system: You are a helpful assistant.
user:
Analyze the provided spectrum to determine if it is a **White Dwarf (WD)**.

A White Dwarf spectrum is defined by its **extreme purity** (due to gravitational settling) and/or **extreme pressure broadening** (due to high surface gravity). You must check for one of the following mutually exclusive signatures:

- **Key Visual Indicators (Check for ONE of these types):**

    - **1. DA-Type Signature (Most Common):**
        - **(Primary Feature):** Extreme pressure broadening (Stark broadening) of the **Hydrogen (H) Balmer lines**.
        - **(Key Lines):** $H\beta$ (approx. $4861$ Å) and $H\gamma$ (approx. $4340$ Å). $H\alpha$ (approx. $6563$ Å) will also be present if the wavelength range covers it.
        - **(Line Profile):** This is the **defining feature**. The lines are **NOT** sharp. They appear as massive, **extremely broad and deep "troughs" or "dips"** in the spectrum, often hundreds of Ångströms wide. The continuum will appear to "scoop" down at these wavelengths.
        - **(Distinction):** Normal A-type or B-type stars have *narrow* and *sharp* Hydrogen lines. A DA White Dwarf's lines are unmistakably "smeared" or "blurry" from pressure.

    - **2. DB-Type Signature:**
        - **(Primary Feature):** Broad absorption lines from **Neutral Helium (He I)**. The spectrum must lack any visible Hydrogen lines.
        - **(Key Lines):** Look for broad absorption near $4471$ Å, $4921$ Å, and $5876$ Å.
        - **(Line Profile):** These lines are also significantly pressure-broadened, appearing much wider than they would in a normal B-type main-sequence star.

    - **3. DC-Type Signature:**
        - **(Primary Feature):** A **featureless continuous spectrum**.
        - **(Line Profile):** The spectrum is a smooth curve with **no significant absorption or emission lines**.
        - **(Key Confirmation):** The continuum is almost always **blue or white**, indicating a hot object. This signature implies the atmosphere is so pure (or so cool) that no spectral lines are visible in the optical range. Its WD identity is confirmed by its extremely low intrinsic brightness (high absolute magnitude).

    - **4. DZ-Type Signature (Metal-Polluted):**
        - **(Primary Feature):** **Isolated, narrow metal absorption lines** on an otherwise featureless (DC-like) continuum.
        - **(Key Lines):** The **Calcium (Ca II) H & K doublet** (approx. **$3934$ Å** and **$3968$ Å**) is the most common and defining feature.
        - **(Line Profile):** These lines are "out of place." They are *not* part of a "forest" of thousands of lines. This signature is evidence of recent *accretion* (pollution) from rocky debris.
        - **(Distinction):** Normal G/K/M stars have a *dense forest* of thousands of metal lines. A DZ has a *clean* continuum with *only a few* strong metal lines.

    - **5. DQ-Type Signature (Carbon-Polluted):**
        - **(Primary Feature):** Absorption bands from **Carbon (C₂ "Swan Bands" or atomic C I)**.
        - **(Key Lines - C₂):** Look for bandheads with a "saw-tooth" shape near $5635$ Å, **$5165$ Å** (strongest), and $4737$ Å.
        - **(Key Confirmation):** The underlying **continuum must be blue or white** (hot).
        - **(Distinction):** This is the critical difference from a **Carbon Star**, which has the *exact same* C₂ bands but on an extremely **red, cool** continuum.

- **(Overall Spectrum):**
    - The continuum (overall shape) is typically **blue-sloping** (brighter in the blue than the red), as most white dwarfs are very hot.
    - The spectrum will look "pure" or "simple," dominated by only *one* of the five signatures listed above.

Think first, call **spectral_visualization_tool** if needed to examine features in detail, then provide your final answer. Your response must adhere to the following strict rules:
1.  **Overall Structure:** Your response must follow the format `<think>...</think> <tool_call>...</tool_call> (if a tool is used) <answer>...</answer>`.
2.  **Tool Usage Constraint:** You may only make **one** tool call per turn.
3.  **Final Answer Format:** In the `<answer>` tag, your conclusion must be inside a `\boxed{}` command (e.g., `\boxed{YES}` or `\boxed{NO}`), followed by your justification.

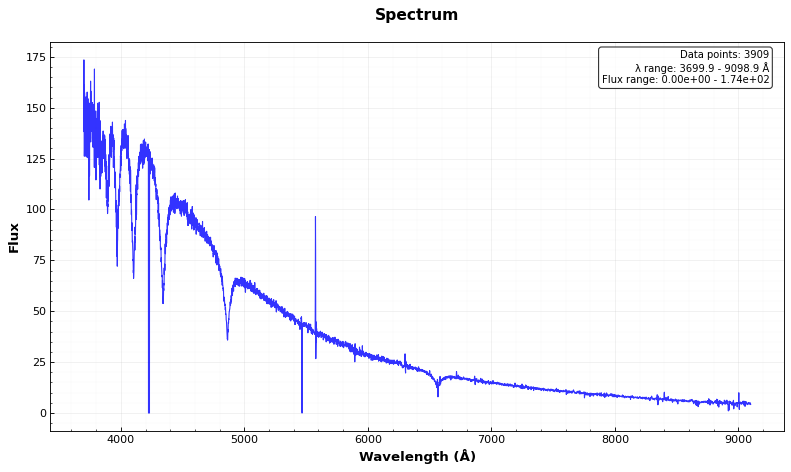
Answer: YES